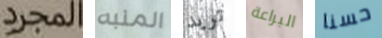
المجرد المنبه تريد البراعة حسنا